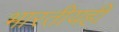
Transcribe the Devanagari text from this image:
भारतीयही